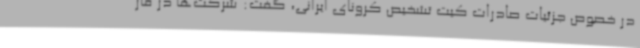
در خصوص جزئیات صادرات کیت تشخیص کرونای ایرانی، گفت: شرکت‌ها در فاز